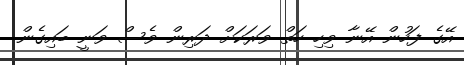
އޭގެ ފަހުން އޭނާ ވިހި ހަތް ވަރަކަށް ދަރިން ވެސް ވަނީ ބައިގެން